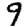
Digit: 9